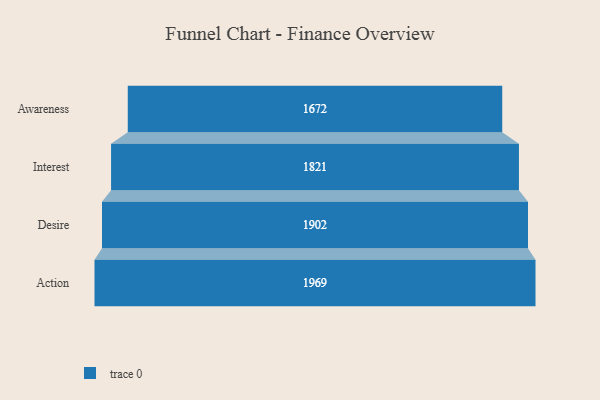
{"axis": {"x": "Stage", "y": "Value"}, "legend": [""], "data": [{"x": "Awareness", "y": 1672.0, "type": ""}, {"x": "Interest", "y": 1821.0, "type": ""}, {"x": "Desire", "y": 1902.0, "type": ""}, {"x": "Action", "y": 1969.0, "type": ""}]}